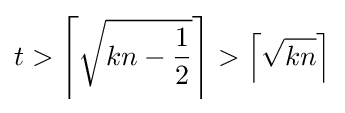
t>\left\lceil {\sqrt {kn-{\frac {1}{2}}}}\right\rceil >\left\lceil {\sqrt {kn}}\right\rceil